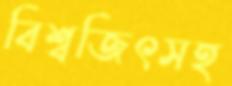
বিশ্বজিৎসহ